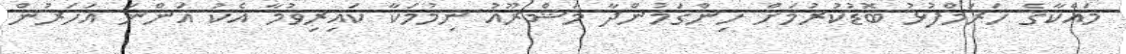
މައްކާގެ ހަރަމްފުޅު ބޮޑުކުރުމަށް ހިންގަމުންދާ މަޝްރޫއު ނިމުމަކާ ކައިރިވުމާ އެކު އަންނަ އަހަރުން